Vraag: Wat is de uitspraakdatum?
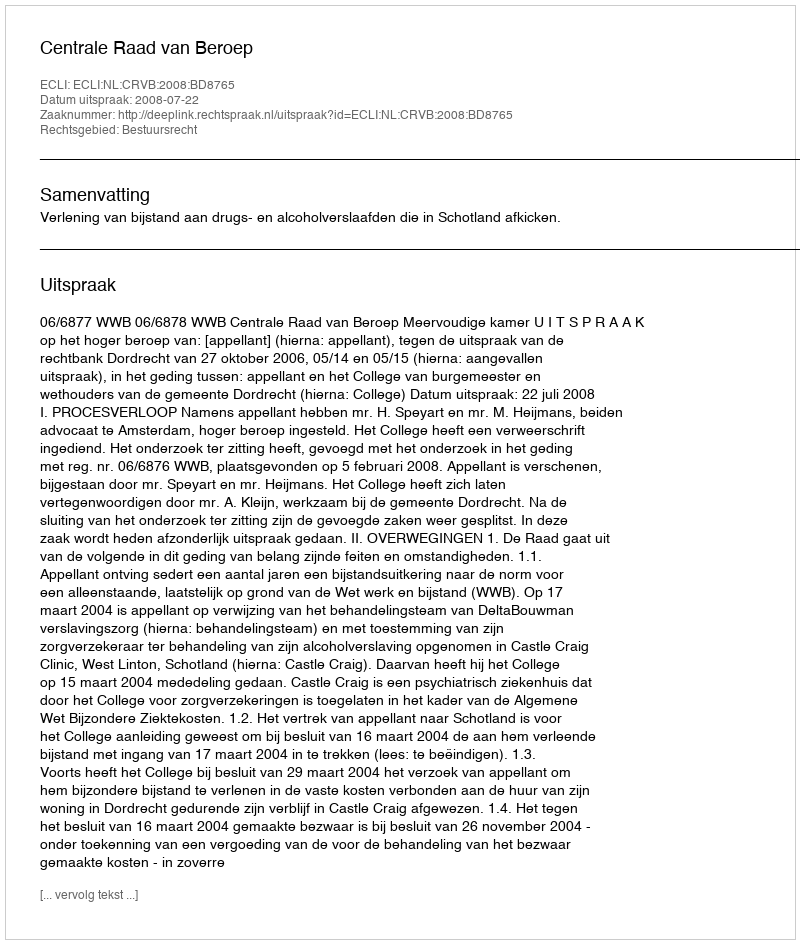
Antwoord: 2008-07-22